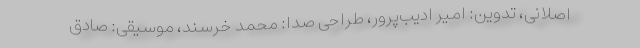
اصلانی، تدوین: امیر ادیب‌پرور، طراحی صدا: محمد خرسند، موسیقی: صادق